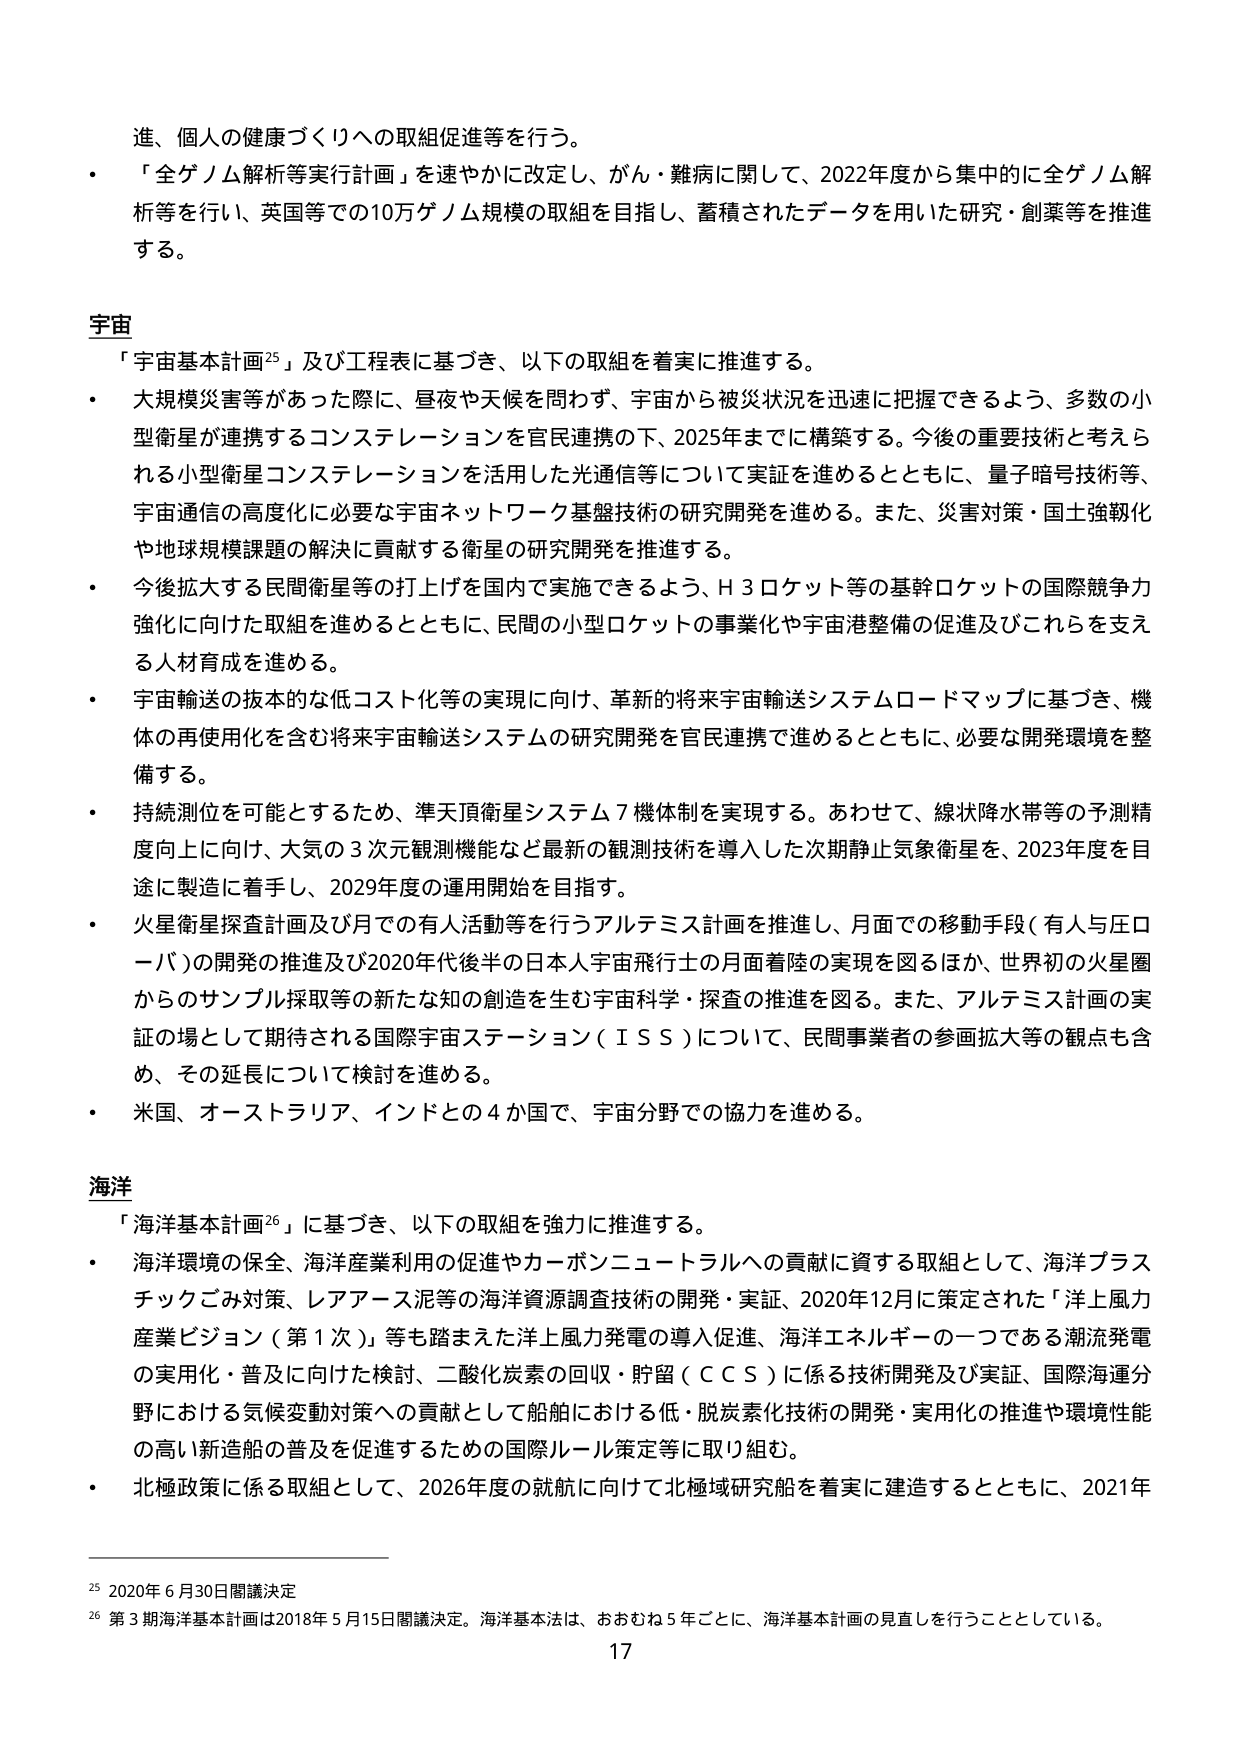
進、個人の健康づくりへの取組促進等を行う。

・「全ゲノム解析等実行計画」を速やかに改定し、がん・難病に関して、2022年度から集中的に全ゲノム解析等を行い、英国等での10万ゲノム規模の取組を目指し、蓄積されたデータを用いた研究・創業等を推進する。

宇宙

「宇宙基本計画²⁵」及び工程表に基づき、以下の取組を着実に推進する。

・大規模災害等があった際に、昼夜や天候を問わず、宇宙から被災状況を迅速に把握できるよう、多数の小型衛星が連携するコンステレーションを官民連携の下、2025年までに構築する。今後の重要技術と考えられる小型衛星コンステレーションを活用した光通信等について実証を進めるとともに、量子暗号技術等、宇宙通信の高度化に必要な宇宙ネットワーク基盤技術の研究開発を進める。また、災害対策・国土強靭化や地球規模課題の解決に貢献する衛星の研究開発を推進する。

・今後拡大する民間衛星等の打上げを国内で実施できるよう、H3ロケット等の基幹ロケットの国際競争力強化に向けた取組を進めるとともに、民間の小型ロケットの事業化や宇宙港整備の促進及びこれらを支える人材育成を進める。

・宇宙輸送の抜本的な低コスト化等の実現に向け、革新的将来宇宙輸送システムロードマップに基づき、機体の再使用化を含む将来宇宙輸送システムの研究開発を官民連携で進めるとともに、必要な開発環境を整備する。

・持続測位を可能とするため、準天頂衛星システム7機体制を実現する。あわせて、線状降水帯等の予測精度向上に向け、大気の3次元観測機能など最新の観測技術を導入した次期静止気象衛星を、2023年度を目途に製造に着手し、2029年度の運用開始を目指す。

・火星衛星探査計画及び月での有人活動等を行うアルテミス計画を推進し、月面での移動手段（有人与圧ローバ）の開発の推進及び2020年代後半の日本人宇宙飛行士の月面着陸の実現を図るほか、世界初の火星圏からのサンプル採取等の新たな知の創造を生む宇宙科学・探査の推進を図る。また、アルテミス計画の実証の場として期待される国際宇宙ステーション（ISS）について、民間事業者の参画拡大等の観点も含め、その延長について検討を進める。

・米国、オーストラリア、インドとの4か国で、宇宙分野での協力を進める。

海洋

「海洋基本計画²⁶」に基づき、以下の取組を強力に推進する。

・海洋環境の保全、海洋産業利用の促進やカーボンニュートラルへの貢献に資する取組として、海洋プラスチックごみ対策、レアアース泥等の海洋資源調査技術の開発・実証、2020年12月に策定された「洋上風力産業ビジョン（第1次）」等も踏まえた洋上風力発電の導入促進、海洋エネルギーの一つである潮流発電の実用化・普及に向けた検討、二酸化炭素の回収・貯留（CCS）に係る技術開発及び実証、国際海運分野における気候変動対策への貢献として船舶における低・脱炭素化技術の開発・実用化の推進や環境性能の高い新造船の普及を促進するための国際ルール策定等に取り組む。

・北極政策に係る取組として、2026年度の就航に向けて北極域研究船を着実に建造するとともに、2021年

²⁵ 2020年6月30日閣議決定

²⁶ 第3期海洋基本計画は2018年5月15日閣議決定。海洋基本法は、おおむね5年ごとに、海洋基本計画の見直しを行うこととしている。

17